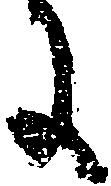
に